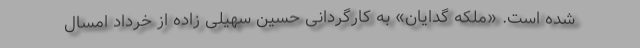
شده است. «ملکه گدایان» به کارگردانی حسین سهیلی زاده از خرداد امسال